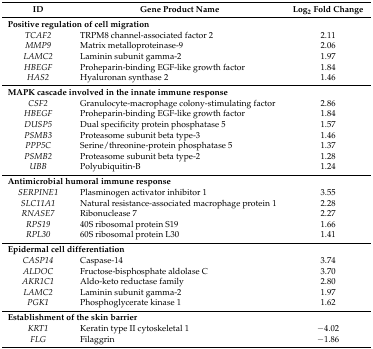
<table><thead><tr><td><b>ID</b></td><td><b>Gene Product Name</b></td><td><b>Log<sub>2</sub> Fold Change</b></td></tr></thead><tbody><tr><td colspan="3"><b>Positive regulation of cell migration</b></td></tr><tr><td><i>TCAF2</i></td><td>TRPM8 channel-associated factor 2</td><td>2.11</td></tr><tr><td><i>MMP9</i></td><td>Matrix metalloproteinase-9</td><td>2.06</td></tr><tr><td><i>LAMC2</i></td><td>Laminin subunit gamma-2</td><td>1.97</td></tr><tr><td><i>HBEGF</i></td><td>Proheparin-binding EGF-like growth factor</td><td>1.84</td></tr><tr><td><i>HAS2</i></td><td>Hyaluronan synthase 2</td><td>1.46</td></tr><tr><td colspan="3"><b>MAPK cascade involved in the innate immune response</b></td></tr><tr><td><i>CSF2</i></td><td>Granulocyte-macrophage colony-stimulating factor</td><td>2.86</td></tr><tr><td><i>HBEGF</i></td><td>Proheparin-binding EGF-like growth factor</td><td>1.84</td></tr><tr><td><i>DUSP5</i></td><td>Dual specificity protein phosphatase 5</td><td>1.57</td></tr><tr><td><i>PSMB3</i></td><td>Proteasome subunit beta type-3</td><td>1.46</td></tr><tr><td><i>PPP5C</i></td><td>Serine/threonine-protein phosphatase 5</td><td>1.37</td></tr><tr><td><i>PSMB2</i></td><td>Proteasome subunit beta type-2</td><td>1.28</td></tr><tr><td><i>UBB</i></td><td>Polyubiquitin-B</td><td>1.24</td></tr><tr><td colspan="3"><b>Antimicrobial humoral immune response</b></td></tr><tr><td><i>SERPINE1</i></td><td>Plasminogen activator inhibitor 1</td><td>3.55</td></tr><tr><td><i>SLC11A1</i></td><td>Natural resistance-associated macrophage protein 1</td><td>2.28</td></tr><tr><td><i>RNASE7</i></td><td>Ribonuclease 7</td><td>2.27</td></tr><tr><td><i>RPS19</i></td><td>40S ribosomal protein S19</td><td>1.66</td></tr><tr><td><i>RPL30</i></td><td>60S ribosomal protein L30</td><td>1.41</td></tr><tr><td colspan="3"><b>Epidermal cell differentiation</b></td></tr><tr><td><i>CASP14</i></td><td>Caspase-14</td><td>3.74</td></tr><tr><td><i>ALDOC</i></td><td>Fructose-bisphosphate aldolase C</td><td>3.70</td></tr><tr><td><i>AKR1C1</i></td><td>Aldo-keto reductase family</td><td>2.80</td></tr><tr><td><i>LAMC2</i></td><td>Laminin subunit gamma-2</td><td>1.97</td></tr><tr><td><i>PGK1</i></td><td>Phosphoglycerate kinase 1</td><td>1.62</td></tr><tr><td colspan="3"><b>Establishment of the skin barrier</b></td></tr><tr><td><i>KRT1</i></td><td>Keratin type II cytoskeletal 1</td><td>−4.02</td></tr><tr><td><i>FLG</i></td><td>Filaggrin</td><td>−1.86</td></tr></tbody></table>